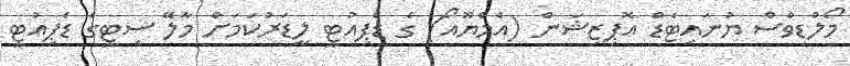
މޯލްޑިވްސް ޔުނައިޓެޑް އޮޕިޒިޝަން (އެމްޔޫއޯ) ގެ ޑެޕިއުޓީ ލީޑަރުކަމަށް މާލޭ ސިޓީގެ ޑެޕިއުޓީ